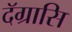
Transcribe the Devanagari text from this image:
दॅग्रासि